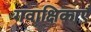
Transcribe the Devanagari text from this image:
गवाक्षिकाएँ